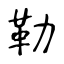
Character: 勒